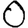
Digit: 0